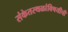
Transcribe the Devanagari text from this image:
संकेतस्थळांविषयीची